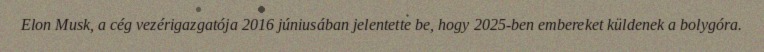
Elon Musk, a cég vezérigazgatója 2016 júniusában jelentette be, hogy 2025-ben embereket küldenek a bolygóra.